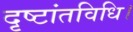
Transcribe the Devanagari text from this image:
दृष्टांतविधि।